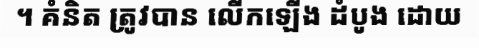
។ គំនិត ត្រូវបាន លើកឡើង ដំបូង ដោយ